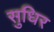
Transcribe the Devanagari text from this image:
सुधिर